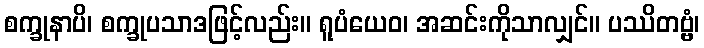
စက္ခုနာပိ၊ စက္ခုပသာဒဖြင့်လည်း။ ရူပံယေဝ၊ အဆင်းကိုသာလျှင်။ ပဿိတဗ္ဗံ၊